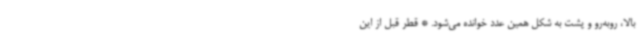
بالا، روبه‌رو و پشت به شکل همین عدد خوانده می‌شود. * قطر قبل از این